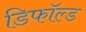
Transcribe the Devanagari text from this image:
डिफॉल्ड